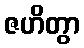
ဇဟိတွာ